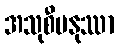
အသုစီမနုဿာ